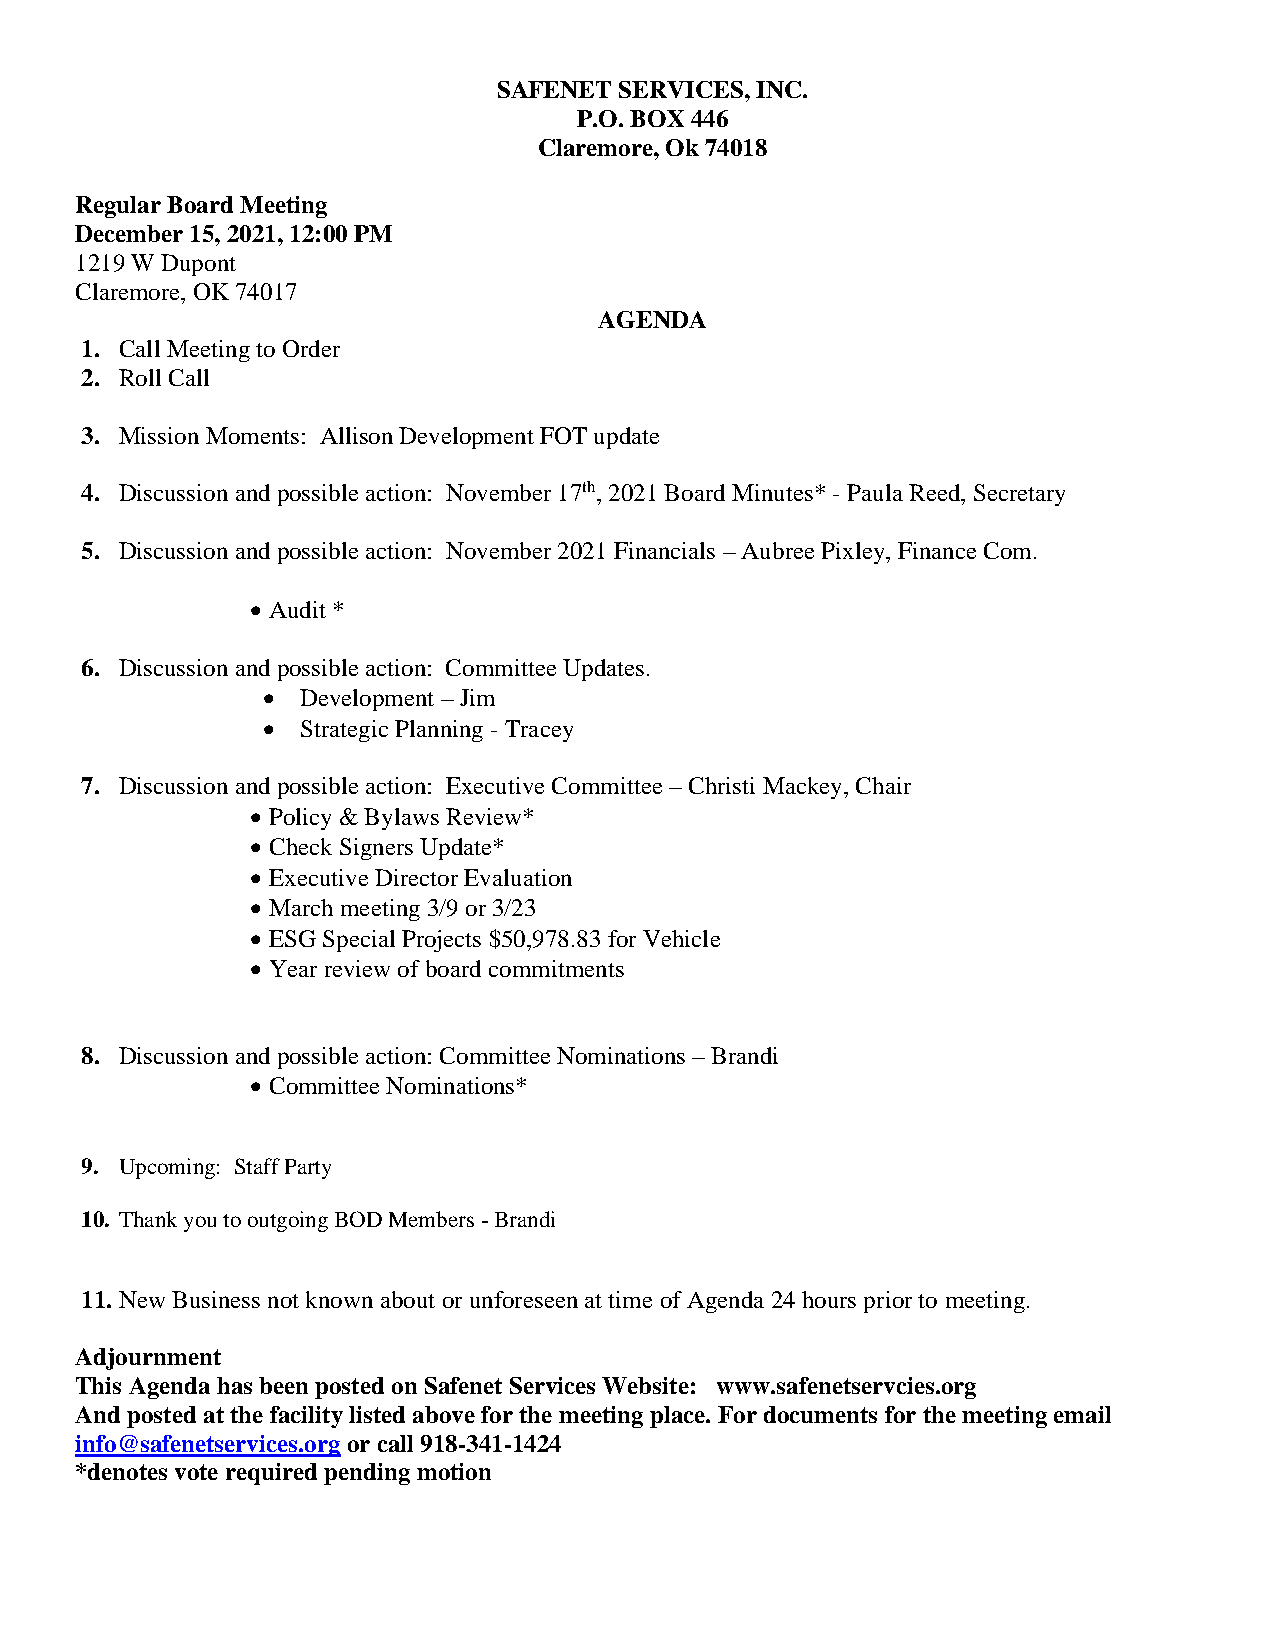
SAFENET SERVICES, INC.
 P.O. BOX 446
 Claremore, Ok 74018
 Regular Board Meeting
 December 15, 2021, 12:00 PM
 1219 W Dupont
 Claremore, OK 74017
 AGENDA
 1. Call Meeting to Order
 2. Roll Call
 3. Mission Moments: Allison Development FOT update
 4. Discussion and possible action: November 17th, 2021 Board Minutes* - Paula Reed, Secretary
 5. Discussion and possible action: November 2021 Financials – Aubree Pixley, Finance Com.
 • Audit *
 6. Discussion and possible action: Committee Updates.
 •  Development – Jim
 •  Strategic Planning - Tracey
 7. Discussion and possible action: Executive Committee – Christi Mackey, Chair
 • Policy & Bylaws Review*
 • Check Signers Update*
 • Executive Director Evaluation
 • March meeting 3/9 or 3/23
 • ESG Special Projects $50,978.83 for Vehicle
 • Year review of board commitments
 8. Discussion and possible action: Committee Nominations – Brandi
 • Committee Nominations*
 9. Upcoming: Staff Party
 10. Thank you to outgoing BOD Members - Brandi
 11. New Business not known about or unforeseen at time of Agenda 24 hours prior to meeting.
 Adjournment
 This Agenda has been posted on Safenet Services Website: www.safenetservcies.org
 And posted at the facility listed above for the meeting place. For documents for the meeting email
 info@safenetservices.org or call 918-341-1424
 *denotes vote required pending motion